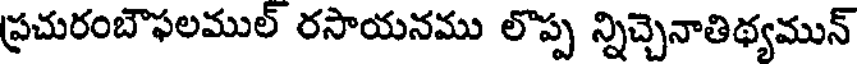
ప్రచురంబౌఫలముల్ రసాయనము లొప్ప న్నిచ్చెనాతిథ్యమున్